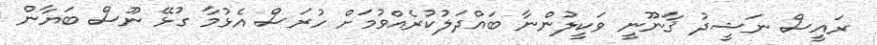
ރައީސް ނަޝީދު ޤާނޫނީ ވަކީލުންނާ ބައްދަލުކުރެއްވުމަށް ހުރަސް އެޅުމާ ގުޅޭ ނޫސް ބަޔާން